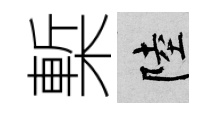
槧陸